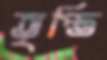
তৃপ্তি